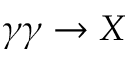
\gamma \gamma \to X